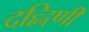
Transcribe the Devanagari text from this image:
दह्निणी